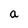
Character: a